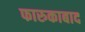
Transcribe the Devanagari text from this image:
फारुकाबाद